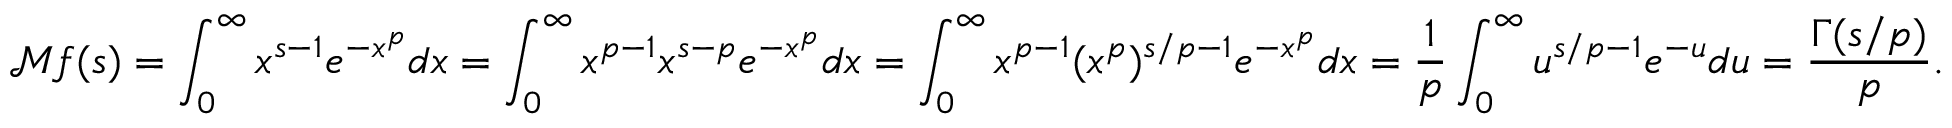
{ \mathcal { M } } f ( s ) = \int _ { 0 } ^ { \infty } x ^ { s - 1 } e ^ { - x ^ { p } } d x = \int _ { 0 } ^ { \infty } x ^ { p - 1 } x ^ { s - p } e ^ { - x ^ { p } } d x = \int _ { 0 } ^ { \infty } x ^ { p - 1 } ( x ^ { p } ) ^ { s / p - 1 } e ^ { - x ^ { p } } d x = { \frac { 1 } { p } } \int _ { 0 } ^ { \infty } u ^ { s / p - 1 } e ^ { - u } d u = { \frac { \Gamma ( s / p ) } { p } } .